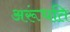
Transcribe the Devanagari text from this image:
अरूंधति